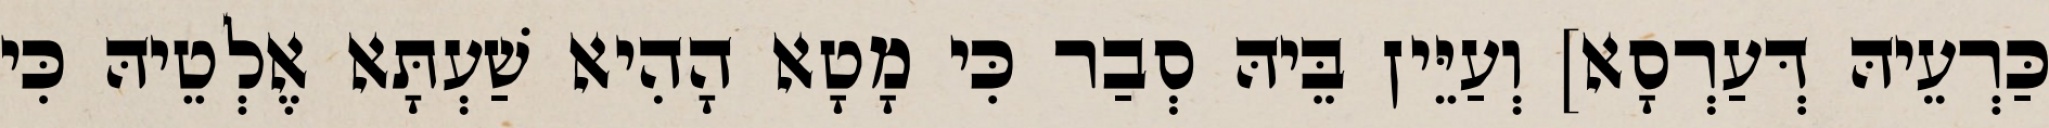
כַּרְעֵיהּ דְּעַרְסָא] וְעַיֵּין בֵּיהּ סְבַר כִּי מָטָא הָהִיא שַׁעְתָּא אֶלְטֵיהּ כִּי